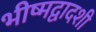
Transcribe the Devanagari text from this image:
भीष्मद्वादशी